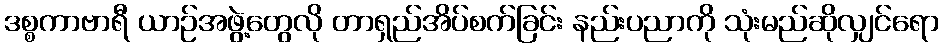
ဒစ္စကာဗာရီ ယာဉ်အဖွဲ့တွေလို တာရှည်အိပ်စက်ခြင်း နည်းပညာကို သုံးမည်ဆိုလျှင်ရော